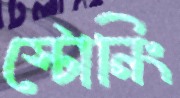
স্টোনিং